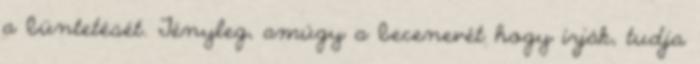
a büntetését. Tényleg, amúgy a becenevét hogy írják, tudja